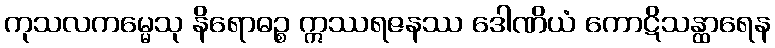
ကုသလကမ္မေသု နိရောဓဉ္စ ဣဿရဇနဿ ဒေါဏိယံ ကောဋိသန္ထာရေန